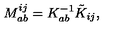
M _ { a b } ^ { i j } = K _ { a b } ^ { - 1 } \tilde { K } _ { i j } ,